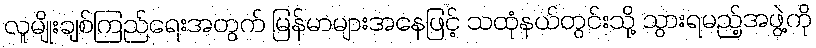
လူမျိုးချစ်ကြည်ရေးအတွက် မြန်မာများအနေဖြင့် သထုံနယ်တွင်းသို့ သွားရမည့်အဖွဲ့ကို